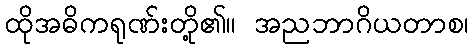
ထိုအဓိကရုဏ်းတို့၏။ အညဘာဂိယတာစ၊